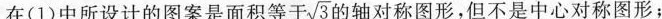
在(1)中所设计的图案是面积等于\sqrt{3}的轴对称图形，但不是中心对称图形；